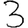
Digit: 3